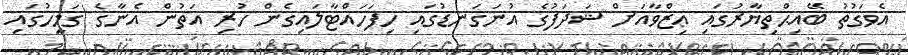
އެވަގުތު ބޭއިޙްތިޔާރުގައި ޢިޒްވާއަށް ޝަދަފުގެ އުނަގަނޑުގައި ހިފަހައްޓާލައިގެން ހުރި އަތުން އެނާގެ ގަމީހުގައި